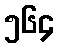
၅၆၄